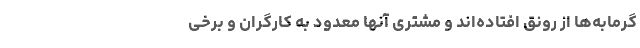
گرمابه‌ها از رونق افتاده‌اند و مشتری آنها معدود به کارگران و برخی